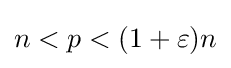
n<p<(1+\varepsilon )n